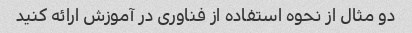
دو مثال از نحوه استفاده از فناوری در آموزش ارائه کنید